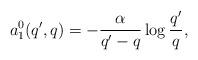
LaTeX: \begin{align*} a_1^0(q',q)= -\frac{\alpha}{q'-q} \log \frac{q'}{q},\end{align*}